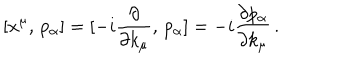
[ x ^ { \mu } , \, p _ { \alpha } ] = [ - i \frac { \partial } { \partial k _ { \mu } } , \, p _ { \alpha } ] = - i \frac { \partial p _ { \alpha } } { \partial k _ { \mu } } \, .